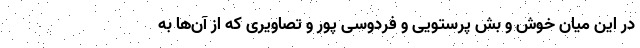
در این میان خوش و بش پرستویی و فردوسی پور و تصاویری که از آن‌ها به